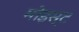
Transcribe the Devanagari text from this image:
मोइस्ट